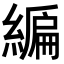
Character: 𦄟